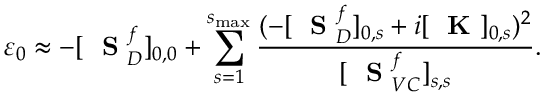
\varepsilon _ { 0 } \approx - [ \mathrm { ~ \bf ~ S ~ } _ { D } ^ { f } ] _ { 0 , 0 } + \sum _ { s = 1 } ^ { s _ { \mathrm { m a x } } } \frac { ( - [ \mathrm { ~ \bf ~ S ~ } _ { D } ^ { f } ] _ { 0 , s } + i [ \mathrm { ~ \bf ~ K ~ } ] _ { 0 , s } ) ^ { 2 } } { [ \mathrm { ~ \bf ~ S ~ } _ { V C } ^ { f } ] _ { s , s } } .